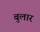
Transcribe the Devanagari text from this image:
बुलार